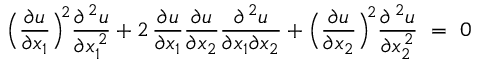
\Bigl ( \frac { \partial u } { \partial x _ { 1 } } \Bigr ) ^ { \! 2 } \frac { \partial ^ { \, 2 } u } { \partial x _ { 1 } ^ { \, 2 } } + 2 \, \frac { \partial u } { \partial x _ { 1 } } \frac { \partial u } { \partial x _ { 2 } } \frac { \partial ^ { \, 2 } u } { \partial x _ { 1 } \partial x _ { 2 } } + \Bigl ( \frac { \partial u } { \partial x _ { 2 } } \Bigr ) ^ { \! 2 } \frac { \partial { \, ^ { 2 } } u } { \partial x _ { 2 } ^ { \, 2 } } \, \, = \, \, 0